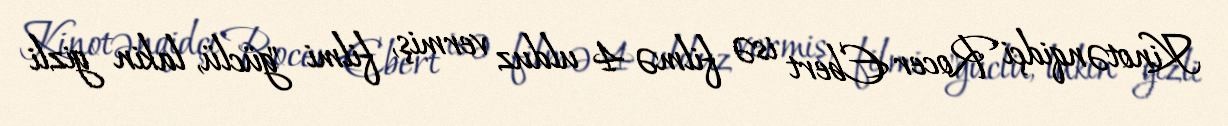
Kinotənqidçi Rocer Ebert isə filmə 4 ulduz vermiş, filmi "güclü, lakin gizli